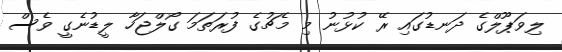
ލިވަޕޫލްގެ ދަނޑުގައި ރޭ ކުޅުނު މި މެޗުގެ ފުރަތަމަ ގޯލްޖަހާ ލީޑުނެގީ ވެސް